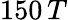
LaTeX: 150\, T